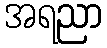
အရညာ